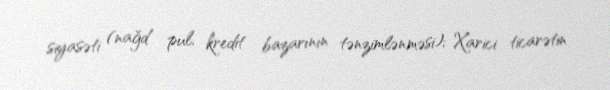
siyasəti (nağd pul, kredit bazarının tənzimlənməsi); Xarici ticarətin